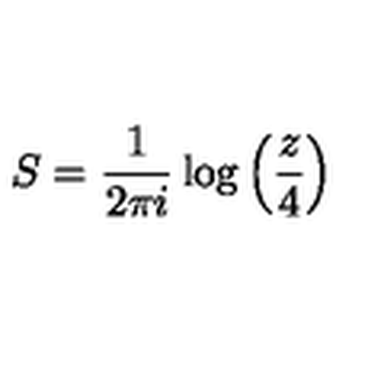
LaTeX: S = \frac { 1 } { 2 \pi i } \log \left( \frac { z } { 4 } \right)